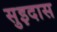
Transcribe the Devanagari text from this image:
सुइदास